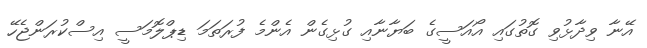
އޭނާ ވިދާޅުވި ގޮތުގައި އޯއަސީގެ ބަޔާނާއި ގުޅިގެން އެންމެ ފުރަތަމަ ޑިޕްލޮމަސީ އިސްކުރަންޖެހޭ